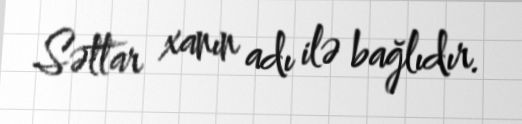
Səttar xanın adı ilə bağlıdır.